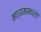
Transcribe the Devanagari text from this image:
माध्यमांमधला